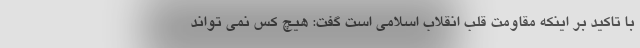
با تاکید بر اینکه مقاومت قلب انقلاب اسلامی است گفت: هیچ کس نمی تواند